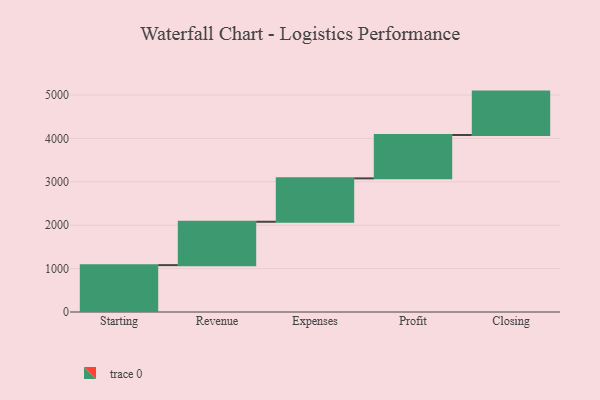
{"axis": {"x": "Step", "y": "Value"}, "legend": [""], "data": [{"x": "Starting", "y": 1080.0, "type": ""}, {"x": "Revenue", "y": 1000, "type": ""}, {"x": "Expenses", "y": 1000, "type": ""}, {"x": "Profit", "y": 1000, "type": ""}, {"x": "Closing", "y": 1000, "type": ""}]}